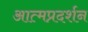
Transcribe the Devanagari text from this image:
आत्मप्रदर्शन